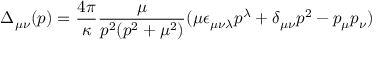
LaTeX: \Delta _ { \mu \nu } ( p ) = \frac { 4 \pi } { \kappa } \frac { \mu } { p ^ { 2 } ( p ^ { 2 } + \mu ^ { 2 } ) } ( \mu \epsilon _ { \mu \nu \lambda } p ^ { \lambda } + \delta _ { \mu \nu } p ^ { 2 } - p _ { \mu } p _ { \nu } )